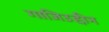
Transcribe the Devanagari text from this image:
गाजिउद्दीन